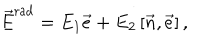
\vec { E } ^ { \mathrm { r a d } } = E _ { 1 } \vec { e } + E _ { 2 } \left[ \vec { n } , \vec { e } \right] ,